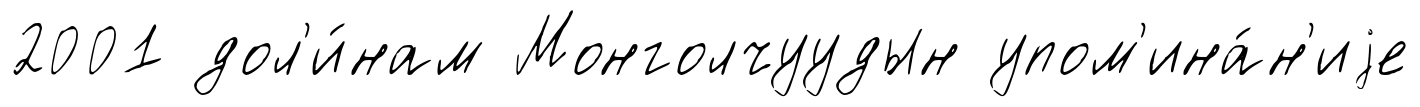
2001 дол'и́нам Монголчуудын упом'ина́н'иjе